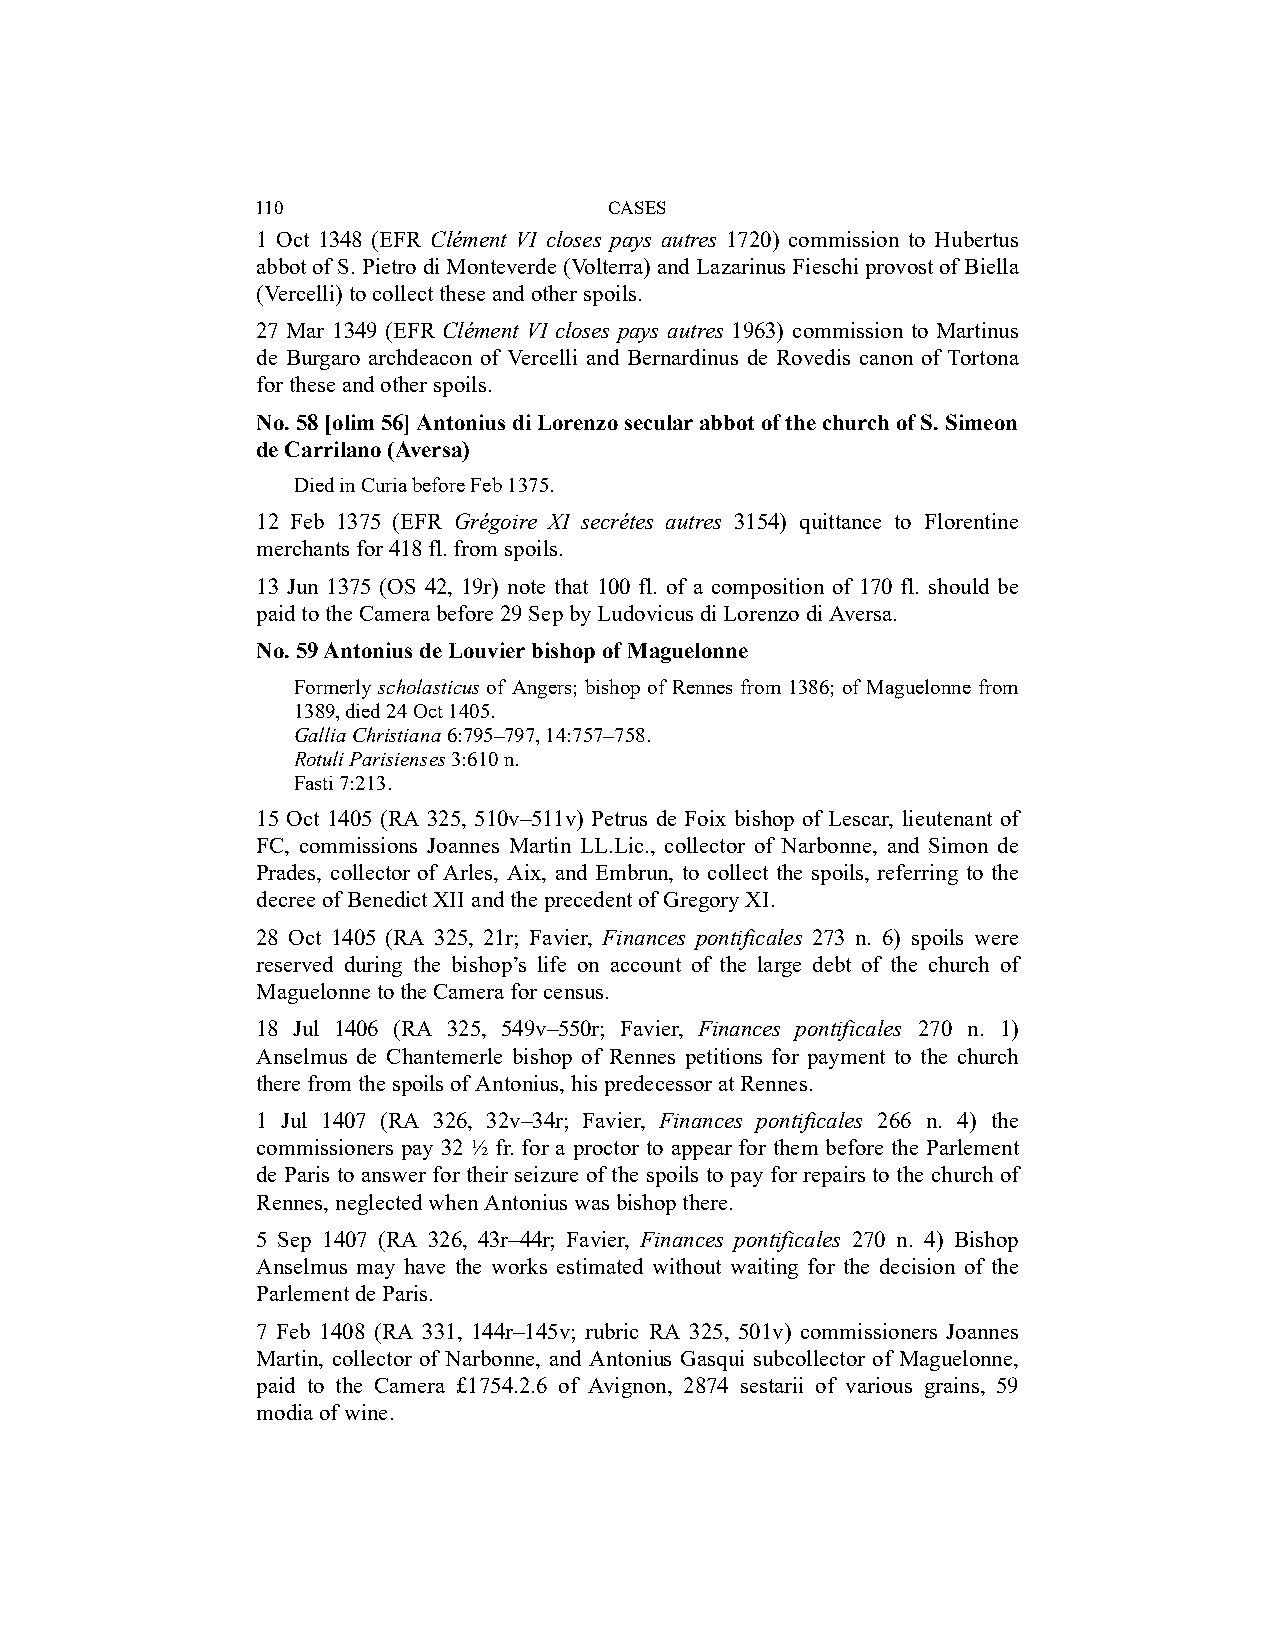
110                    CASES
 1 Oct 1348 (EFR Clément VI closes pays autres 1720) commission to Hubertus
 abbot of S. Pietro di Monteverde (Volterra) and Lazarinus Fieschi provost of Biella
 (Vercelli) to collect these and other spoils.
 27 Mar 1349 (EFR Clément VI closes pays autres 1963) commission to Martinus
 de Burgaro archdeacon of Vercelli and Bernardinus de Rovedis canon of Tortona
 for these and other spoils.
 No. 58 [olim 56] Antonius di Lorenzo secular abbot of the church of S. Simeon
 de Carrilano (Aversa)
 Died in Curia before Feb 1375.
 12 Feb 1375 (EFR Grégoire XI secrétes autres 3154) quittance to Florentine
 merchants for 418 fl. from spoils.
 13 Jun 1375 (OS 42, 19r) note that 100 fl. of a composition of 170 fl. should be
 paid to the Camera before 29 Sep by Ludovicus di Lorenzo di Aversa.
 No. 59 Antonius de Louvier bishop of Maguelonne
 Formerly scholasticus of Angers; bishop of Rennes from 1386; of Maguelonne from
 1389, died 24 Oct 1405.
 Gallia Christiana 6:795–797, 14:757–758.
 Rotuli Parisienses 3:610 n.
 Fasti 7:213.
 15 Oct 1405 (RA 325, 510v–511v) Petrus de Foix bishop of Lescar, lieutenant of
 FC, commissions Joannes Martin LL.Lic., collector of Narbonne, and Simon de
 Prades, collector of Arles, Aix, and Embrun, to collect the spoils, referring to the
 decree of Benedict XII and the precedent of Gregory XI.
 28 Oct 1405 (RA 325, 21r; Favier, Finances pontificales 273 n. 6) spoils were
 reserved during the bishop’s life on account of the large debt of the church of
 Maguelonne to the Camera for census.
 18 Jul 1406 (RA 325, 549v–550r; Favier, Finances pontificales 270 n. 1)
 Anselmus de Chantemerle bishop of Rennes petitions for payment to the church
 there from the spoils of Antonius, his predecessor at Rennes.
 1 Jul 1407 (RA 326, 32v–34r; Favier, Finances pontificales 266 n. 4) the
 commissioners pay 32 ½ fr. for a proctor to appear for them before the Parlement
 de Paris to answer for their seizure of the spoils to pay for repairs to the church of
 Rennes, neglected when Antonius was bishop there.
 5 Sep 1407 (RA 326, 43r–44r; Favier, Finances pontificales 270 n. 4) Bishop
 Anselmus may have the works estimated without waiting for the decision of the
 Parlement de Paris.
 7 Feb 1408 (RA 331, 144r–145v; rubric RA 325, 501v) commissioners Joannes
 Martin, collector of Narbonne, and Antonius Gasqui subcollector of Maguelonne,
 paid to the Camera £1754.2.6 of Avignon, 2874 sestarii of various grains, 59
 modia of wine.